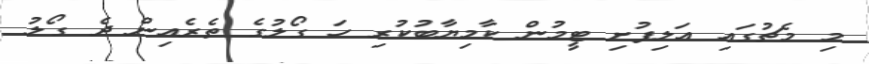
މި މެޗުގައި އަލިފުށި ޓީމުން ކާމިޔާބުކުރި ހަ ގޯލުގެ ތެރެއިން ދެ ގޯލު